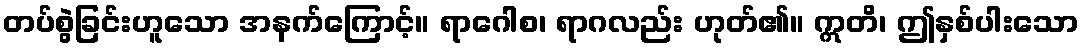
တပ်စွဲခြင်းဟူသော အနက်ကြောင့်။ ရာဂေါစ၊ ရာဂလည်း ဟုတ်၏။ ဣတိ၊ ဤနှစ်ပါးသော